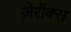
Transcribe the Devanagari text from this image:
ज़ेरॉक्स